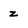
Character: z